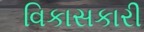
વિકાસકારી